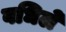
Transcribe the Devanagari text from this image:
वधिले